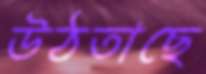
উঠতাছে